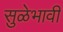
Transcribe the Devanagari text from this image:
सुळेभावी